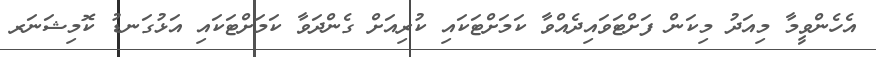
އެހެންވީމާ މިއަދު މިކަން ފަށްޓަވައިދެއްވާ ކަމަށްޓަކައި ކުރިއަށް ގެންދަވާ ކަމަށްޓަކައި އަޅުގަނޑު ކޮމިޝަނަރ